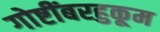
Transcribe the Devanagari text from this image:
गोष्टींबरहुकूम